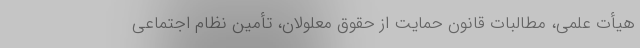
هیأت علمی، مطالبات قانون حمایت از حقوق معلولان، تأمین نظام اجتماعی